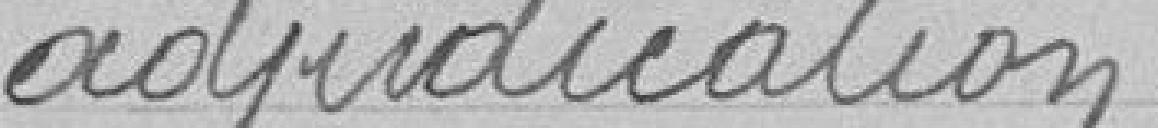
adjudication.